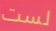
لست